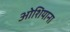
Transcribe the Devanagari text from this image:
ओशियाना